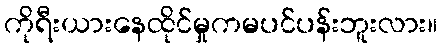
ကိုရီးယားနေထိုင်မှုကမပင်ပန်းဘူးလား။